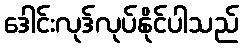
ဒေါင်းလုဒ်လုပ်နိုင်ပါသည်